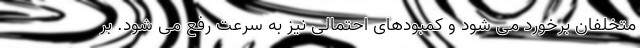
متخلفان برخورد می شود و کمبودهای احتمالی نیز به سرعت رفع می شود. بر